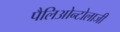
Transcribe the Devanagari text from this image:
पैलिओन्टोलाजी